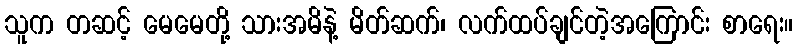
သူက တဆင့် မေမေတို့ သားအမိနဲ့ မိတ်ဆက်၊ လက်ထပ်ချင်တဲ့အကြောင်း စာရေး။